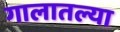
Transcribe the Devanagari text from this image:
गालातल्या